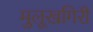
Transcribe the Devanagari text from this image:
मुलूखगिरी